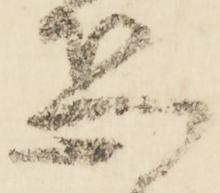
恐